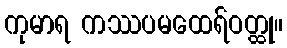
ကုမာရ ကဿပမထေရ်ဝတ္ထု။